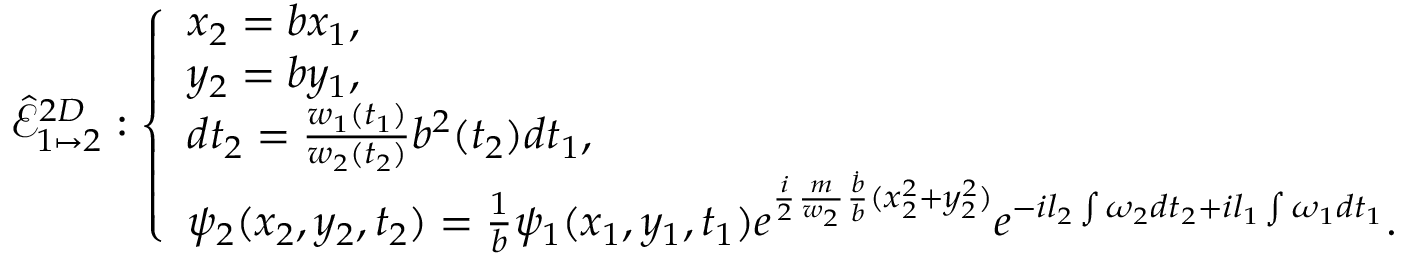
\hat { \mathcal { E } } _ { 1 \mapsto 2 } ^ { 2 D } : \left\{ \begin{array} { l l } { x _ { 2 } = b x _ { 1 } , } \\ { y _ { 2 } = b y _ { 1 } , } \\ { d t _ { 2 } = \frac { w _ { 1 } ( t _ { 1 } ) } { w _ { 2 } ( t _ { 2 } ) } b ^ { 2 } ( t _ { 2 } ) d t _ { 1 } , } \\ { \psi _ { 2 } ( x _ { 2 } , y _ { 2 } , t _ { 2 } ) = \frac { 1 } { b } \psi _ { 1 } ( x _ { 1 } , y _ { 1 } , t _ { 1 } ) e ^ { \frac { i } { 2 } \frac { m } { w _ { 2 } } \frac { \dot { b } } { b } ( x _ { 2 } ^ { 2 } + y _ { 2 } ^ { 2 } ) } e ^ { - i l _ { 2 } \int \omega _ { 2 } d t _ { 2 } + i l _ { 1 } \int \omega _ { 1 } d t _ { 1 } } . } \end{array} \right.